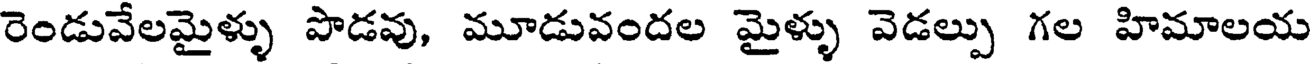
రెండువేలమైళ్ళు పొడవు, మూడువందల మైళ్ళు వెడల్పు గల హిమాలయ